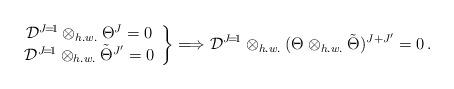
LaTeX: \begin{align*}\left.\begin{array}{c}{\cal D}^{J\!=\!1}\otimes_{h.w.}\Theta^J=0\\{\cal D}^{J\!=\!1}\otimes_{h.w.}\tilde\Theta^{J'}=0\end{array}\right\}\Longrightarrow{\cal D}^{J\!=\!1}\otimes_{h.w.}(\Theta\otimes_{h.w.}\tilde\Theta)^{J+J'}=0\,.\end{align*}